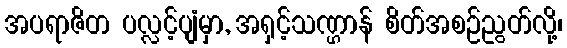
အပရာဇိတ ပလ္လင့်ပျံမှာ, အရှင့်သဏ္ဌာန် စိတ်အစဉ်ညွတ်လို့၊